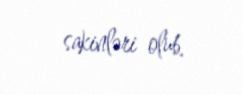
sakinləri olub.